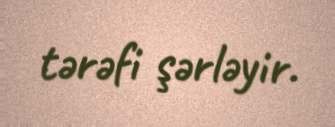
tərəfi şərləyir.